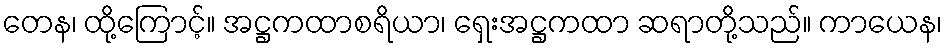
တေန၊ ထို့ကြောင့်။ အဋ္ဌကထာစရိယာ၊ ရှေးအဋ္ဌကထာ ဆရာတို့သည်။ ကာယေန၊